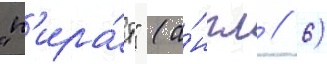
"п'ира́т" (а́нгл // 6)